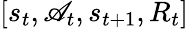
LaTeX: \left[{{s_{t}},{\mathscr{A}_{t}},{s_{t+1}},{R_{t}}}\right]